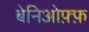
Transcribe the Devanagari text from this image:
बेनिओफ़्फ़